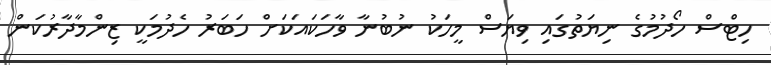
ހިޓްސް ހޯދުމުގެ ނިޔަތުގައި ވިޔަސް މީހަކު ނުބުނާ ވާހަކައަކަށް ހަބަރު ހެދުމަކީ ޒިންމާދާރުކަން